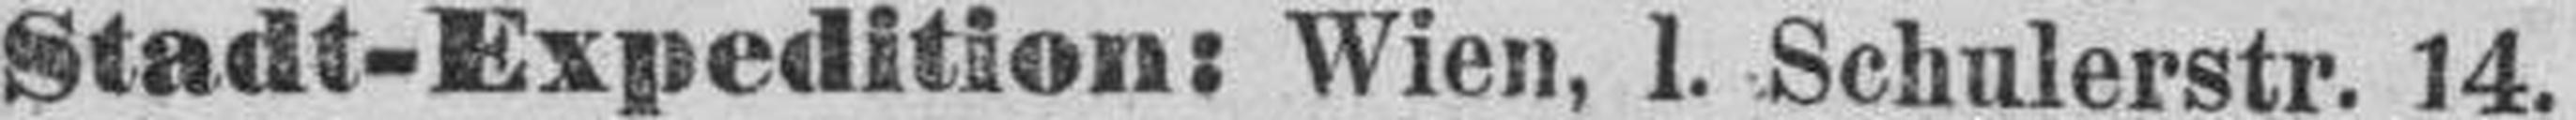
Stadt-Expedition: Wien, 1. Schulerstr. 14.